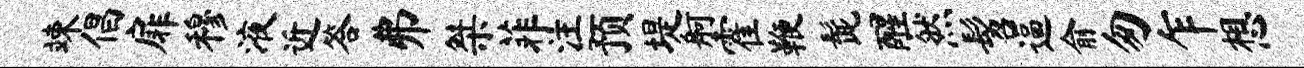
竦倡扉穆液近答弗桀菲注预堤舸霍鞭髭醒然髫逼俞匆乍想